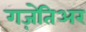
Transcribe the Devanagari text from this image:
गज़ेतिअर